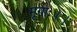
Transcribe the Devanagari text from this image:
मृगाः।।